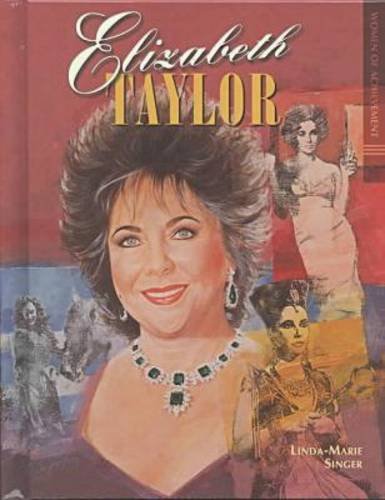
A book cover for Elizabeth Taylor (Woa) (Women of Achievement); Matina S. Horner; Teen & Young Adult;